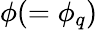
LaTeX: \phi(=\phi_{q})